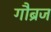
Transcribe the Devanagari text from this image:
गौब्रज